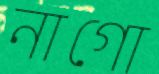
নাগো